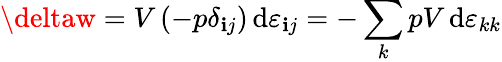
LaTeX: \deltaw=V\, (-p\delta_{\mathbf{i}j})\, \mathrm{{d}}\varepsilon_{\mathbf{i}j}=-\sum_{k}pV\, \mathrm{{d}}\varepsilon_{kk}